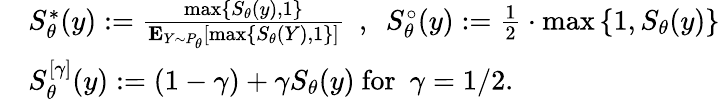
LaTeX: \begin{array}{rl}&{S_{\theta}^{*}(y):=\frac{\operatorname*{max}\{ S_{\theta}(y),1\} }{{\mathbf E}_{Y\sim P_{\theta}}[\operatorname*{max}\{ S_{\theta}(Y),1\} ]}\ \ ,\ \ S_{\theta}^{\circ}(y):=\frac{1}{2}\cdot\operatorname*{max}\left\{ 1,S_{\theta}(y)\right\} }\\ &{S_{\theta}^{[\gamma]}(y):=(1-\gamma)+\gamma S_{\theta}(y)\mathrm{\ for~\ }\gamma=1/2.}\end{array}